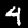
Label: 4